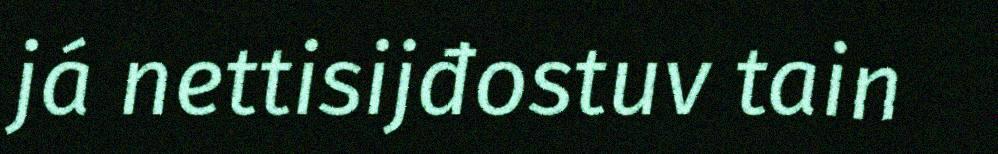
já nettisijđostuv tain